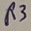
Text: R3